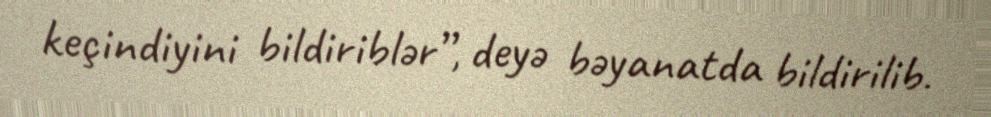
keçindiyini bildiriblər”, deyə bəyanatda bildirilib.